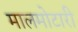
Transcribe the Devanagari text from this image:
मालमोटारी